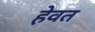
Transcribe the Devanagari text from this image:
हेवत